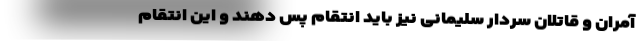
آمران و قاتلان سردار سلیمانی نیز باید انتقام پس دهند و این انتقام